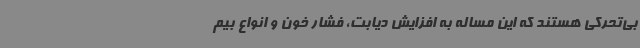
بی‌تحرکی هستند که این مساله به افزایش دیابت، فشار خون و انواع بیم